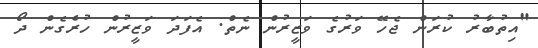
"އިތުބާރު ކުރަން ޖެހޭ ވަރުގެ ވަޒީރުން ނެތް. އެފަދަ ވަޒީރުން ހުރެގެން ދޯ